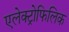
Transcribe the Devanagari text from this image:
एलेक्ट्रोफिलिक